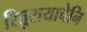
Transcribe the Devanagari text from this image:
रितुरायाचेनि